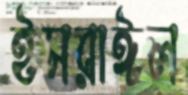
ইসরাঈল